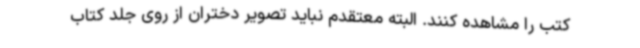
کتب را مشاهده کنند. البته معتقدم نباید تصویر دختران از روی جلد کتاب